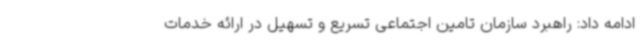
ادامه داد: راهبرد سازمان تامین اجتماعی تسریع و تسهیل در ارائه خدمات